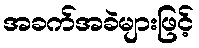
အခက်အခဲများဖြင့်